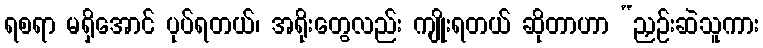
ရစရာ မရှိအောင် ပုပ်ရတယ်၊ အရိုးတွေလည်း ကျိုးရတယ် ဆိုတာဟာ “ညှဉ်းဆဲသူကား